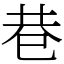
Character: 巷